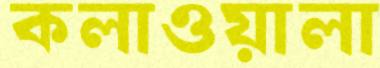
কলাওয়ালা